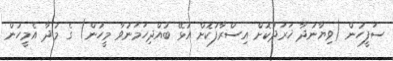
ސަފީހުން (ވިޔާނުދާ ޚަރަދުކޮށް އިސްރާފުކޮށް އުޅޭ ބުއްދިހަމަނުވާ މީހުން) ގެ މުދާ އެމީހުން